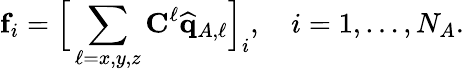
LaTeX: \mathbf{f}_{i}=\Big[\sum_{\ell=x,y,z}\mathbf{C}^{\ell}\widehat{\mathbf{q}}_{A,\ell}\Big]_{i},\quad i=1,\dots,N_{A}.